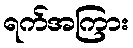
ရက်အကြား